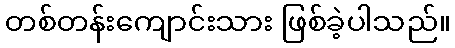
တစ်တန်းကျောင်းသား ဖြစ်ခဲ့ပါသည်။